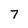
Character: 7